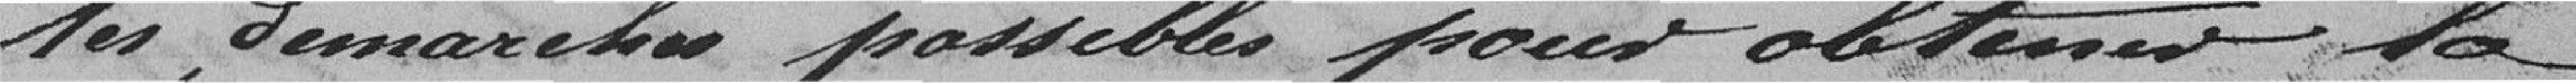
Tes Jemarche